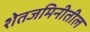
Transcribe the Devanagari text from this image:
शेतजमिनीतील